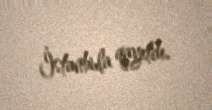
İstanbula qayıtdı.